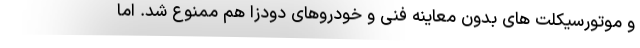
و موتورسیکلت های بدون معاینه فنی و خودروهای دودزا هم ممنوع شد. اما